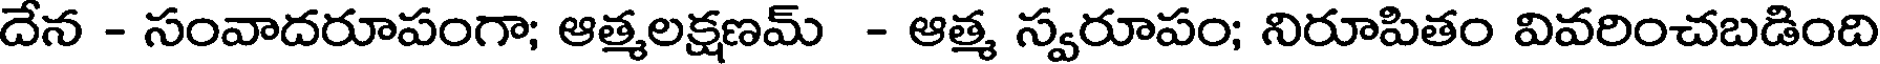
దేన - సంవాదరూపంగా; ఆత్మలక్షణమ్ - ఆత్మ స్వరూపం; నిరూపితం వివరించబడింది